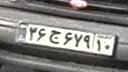
۳۶ج۶۷۹۱۰